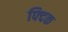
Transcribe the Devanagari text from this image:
फ्दिक